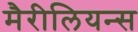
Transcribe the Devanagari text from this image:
मैरीलियन्स